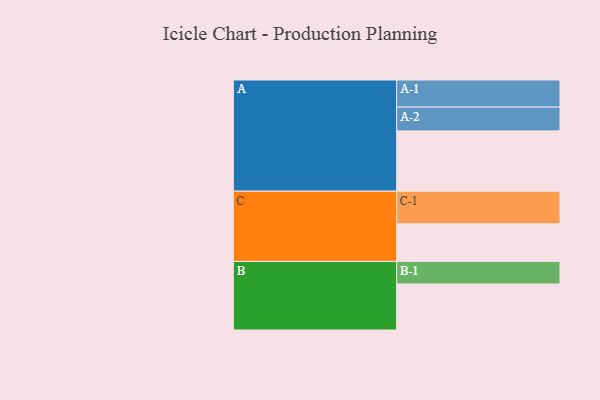
{"axis": {"x": "Segment", "y": "Value"}, "legend": ["", "A", "B", "C"], "data": [{"x": "A", "y": 545, "type": ""}, {"x": "B", "y": 416, "type": ""}, {"x": "C", "y": 340, "type": ""}, {"x": "A-1", "y": 245, "type": "A"}, {"x": "A-2", "y": 215, "type": "A"}, {"x": "B-1", "y": 204, "type": "B"}, {"x": "C-1", "y": 295, "type": "C"}]}